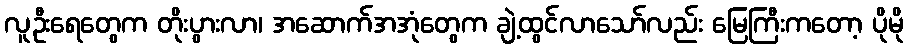
လူဦးရေတွေက တိုးပွားလာ၊ အဆောက်အအုံတွေက ချဲ့ထွင်လာသော်လည်း မြေကြီးကတော့ ပိုမို